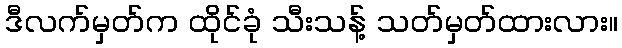
ဒီလက်မှတ်က ထိုင်ခုံ သီးသန့် သတ်မှတ်ထားလား။